Annual administration report of the Bombay Presidency - 1887-1892
Year: 1887
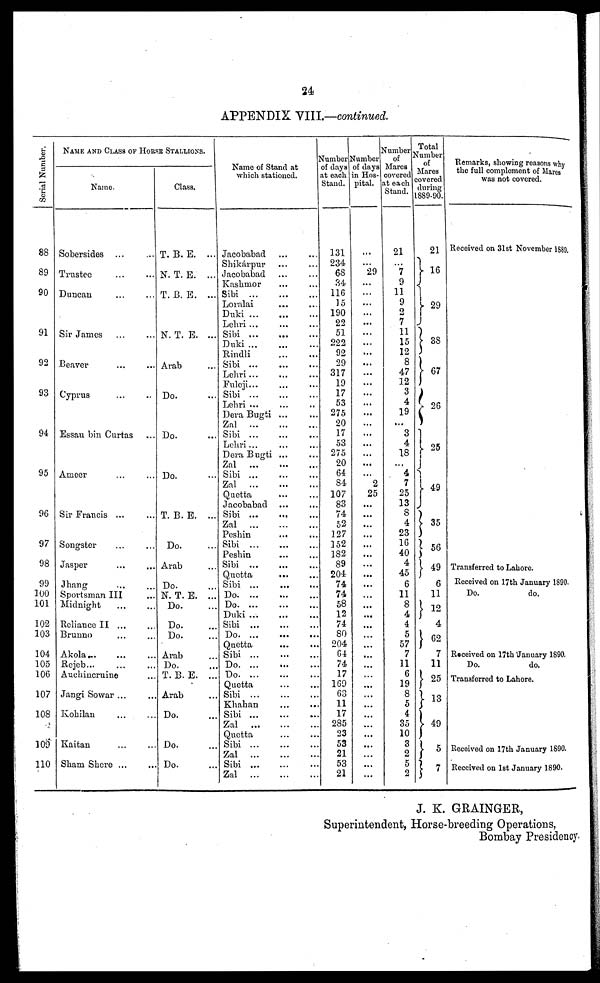
24
APPENDIX VIII.—continued.
Serial Number.
88
89
90
91
92
93
94
95
96
97
98
99
100
101
102
103
104
105
106
107
108
109
110
NAME AND CLASS OF HORSE STALLIONS.
Name.
Sobersides ... ...
Trustee ... ...
Duncan ... ...
Sir James ... ...
Beaver ... ...
Cyprus ... ...
Essau bin Curtas ...
Ameer ... ...
Sir Francis ... ...
Songster ... ...
Jasper ... ...
Jhang ... ...
Sportsman III ...
Midnight ... ...
Reliance II ...
Brunno ... ...
Akola... ... ...
Rejob... ... ...
Auchincruine ...
Jangi Sowar ... ...
Kohilan ... ...
Kaitan ... ...
Sham Shore ... ...
Class.
T. B. E. ...
N. T. E. ...
T. B. E. ...
N. T. E. ...
Arab ...
Do. ...
Do. ...
Do. ...
T. B. E. ...
Do. ...
Arab ...
Do. ...
N. T. E. ...
Do. ...
Do. ...
Do. ...
Arab ...
Do. ...
T. B. E. ...
Arab ...
Do. ...
Do. ...
Do. ...
Name of Stand at
which stationed.
Jacobabad ... ...
Shikárpur ... ...
Jacobabad ... ...
Kashmor ... ...
Sibi
...
...
...
Loralai ... ...
Duki
...
...
...
Lehri ... ... ...
Sibi
...
...
...
Duki
...
...
...
Rindli
...
...
Sibi
...
...
...
Lehri ... ... ...
Fuleji... ... ...
Sibi
...
...
...
Lehri ... ... ..
Dera Bugti ... ...
Zal
...
...
...
Sibi
...
...
...
Lehri ... ... ...
Dera Bugti ... ...
Zal
...
...
...
Sibi
...
...
...
Zal
...
...
...
Quetta ... ...
Jacobabad ... ...
Sibi ...
... ...
Zal
...
...
...
Peshin ... ...
Sibi
...
...
...
Peshin ... ...
Sibi
...
...
...
Quetta ... ...
Sibi
...
...
...
Do.
...
...
...
Do.
...
...
...
Duki
...
...
...
Sibi
...
...
...
Do.
...
...
...
Quetta
...
...
Sibi
...
...
...
Do.
...
...
...
Do.
...
...
...
Quetta ... ...
Sibi
...
...
...
Khahan ... ...
Sibi
...
...
...
Zal
...
...
...
Quetta ... ...
Sibi
...
...
...
Zal
...
...
...
Sibi
...
...
...
Zal
...
...
...
Number
of days
at each
Stand.
131
234
68
34
116
15
190
22
51
222
92
29
317
19
17
53
275
20
17
53
275
20
64
84
107
83
74
52
127
152
182
89
204
74
74
58
12
74
80
204
64
74
17
169
63
11
17
285
23
53
21
53
21
Number
of days
in Hos-
pital.
...
...
29
...
...
...
...
...
...
...
...
...
...
...
...
...
...
...
...
...
...
...
...
2
25
...
...
...
...
...
...
...
...
...
...
...
...
...
...
...
...
...
...
...
...
...
...
...
...
...
...
...
...
Number
of
Marcs
covered
at each
Stand.
21
...
7 9
11
9
2
7
11
15
12
8
47
12
3
4
19
...
3
4
18
...
4
7
25
13
8
4
23
16
40
4
45
6
11
8
4
4
5
57
7
11
6
19
8
5
4
35
10
3
2
5
2
Total
Number
of
Mares
covered
during
1889-90.
21
16
29
38
67
26
25
49
35
56
49
6
11
12
4
62
7
11
25
13
49
5
7
Remarks, showing reasons why
the full complement of Mares
was not covered.
Received on 31st November 1889.
Transferred to Lahore.
Received on 17th January 1890.
Do.
do.
Received on 17th January 1890.
Do.
do.
Transferred to Lahore.
Received on 17th January 1890.
Received on 1st January 1890.
J. K. GRAINGER,
Superintendent, Horse-breeding Operations,
Bombay Presidency.